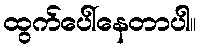
ထွက်ပေါ်နေတာပါ။